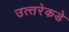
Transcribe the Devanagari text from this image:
उत्‍तरेकडे